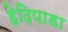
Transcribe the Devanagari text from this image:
हेदिपाडा